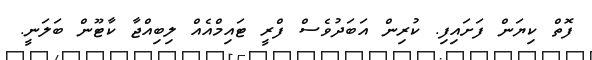
ފޮތް ކިޔަން ފަށައިފި. ކުރިން އަބަދުވެސް ފްރީ ޓައިމްއެއް ލިބިއްޖާ ކާޓޫން ބަލަނީ.